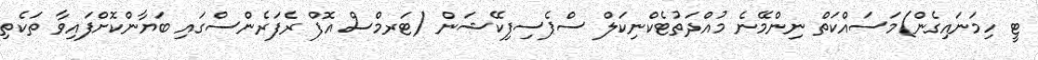
ޓީ ހިމަނައިގެން)މަސައްކަތް ނިންމޭނެ މުއްދަތުޓެކްނިކަލް ސްޕެސިފިކޭޝަން (ޓަރމްސް އޮފް ރެފަރެންސްގައި ބަޔާންކޮށްފައިވާ ތަކެތި